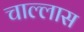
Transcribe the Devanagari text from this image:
चाल्लास